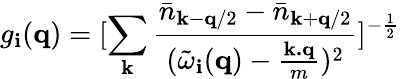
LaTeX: g_{\mathbf{i}}({\mathbf{{q}}})=[\sum_{{\mathbf{{k}}}}\frac{{{\bar{{n}}}_{{\mathbf{{k}}}-{\mathbf{{q}}}/2}-{\bar{{n}}}_{{\mathbf{{k}}}+{\mathbf{{q}}}/2}}}{{({\tilde{{\omega}}}_{\mathbf{i}}({\mathbf{{q}}})-\frac{{{\mathbf{{k.q}}}}}{{m}})^{2}}}]^{-\frac{{1}}{{2}}}